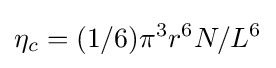
\eta _{c}=(1/6)\pi ^{3}r^{6}N/L^{6}